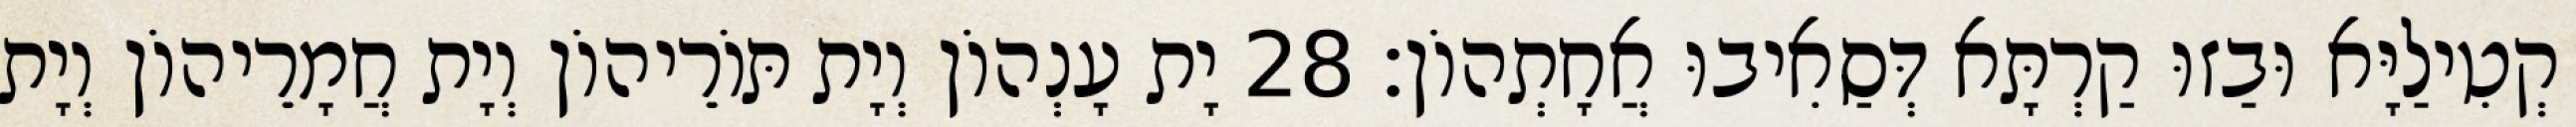
קְטִילַיָּא וּבַזוּ קַרְתָּא דְּסַאִיבוּ אֲחָתְהוֹן׃ 28 יָת עָנְהוֹן וְיָת תּוֹרֵיהוֹן וְיָת חֲמָרֵיהוֹן וְיָת